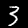
Digit: 3